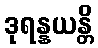
ဒုရန္နယန္တိ